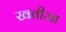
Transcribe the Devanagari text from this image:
खतीजा